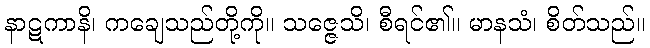
နာဋကာနိ၊ ကချေသည်တို့ကို။ သဇ္ဇေသိ၊ စီရင်၏။ မာနသံ၊ စိတ်သည်။